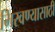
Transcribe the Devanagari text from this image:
मिरवण्यासाठी